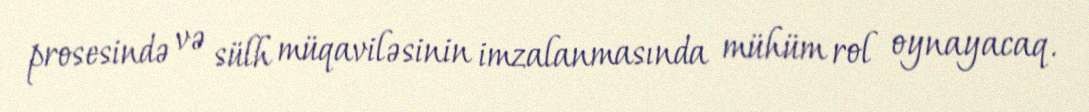
prosesində və sülh müqaviləsinin imzalanmasında mühüm rol oynayacaq.